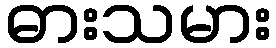
ဓားသမား